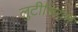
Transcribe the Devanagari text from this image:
लुटीशियम